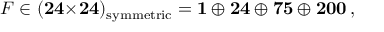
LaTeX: F \in ( { \bf 2 4 } { \bf \times } { \bf 2 4 } ) _ { \mathrm { s y m m e t r i c } } = { \bf 1 } \oplus { \bf 2 4 } \oplus { \bf 7 5 } \oplus { \bf 2 0 0 } \, , \nonumber